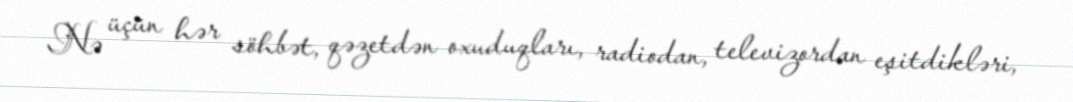
Nə üçün hər söhbət, qəzetdən oxuduqları, radiodan, televizordan eşitdikləri,